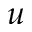
u